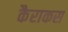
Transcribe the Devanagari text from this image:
कैराकस